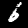
Label: 6